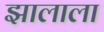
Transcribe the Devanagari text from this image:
झालाला